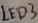
Text: LED3